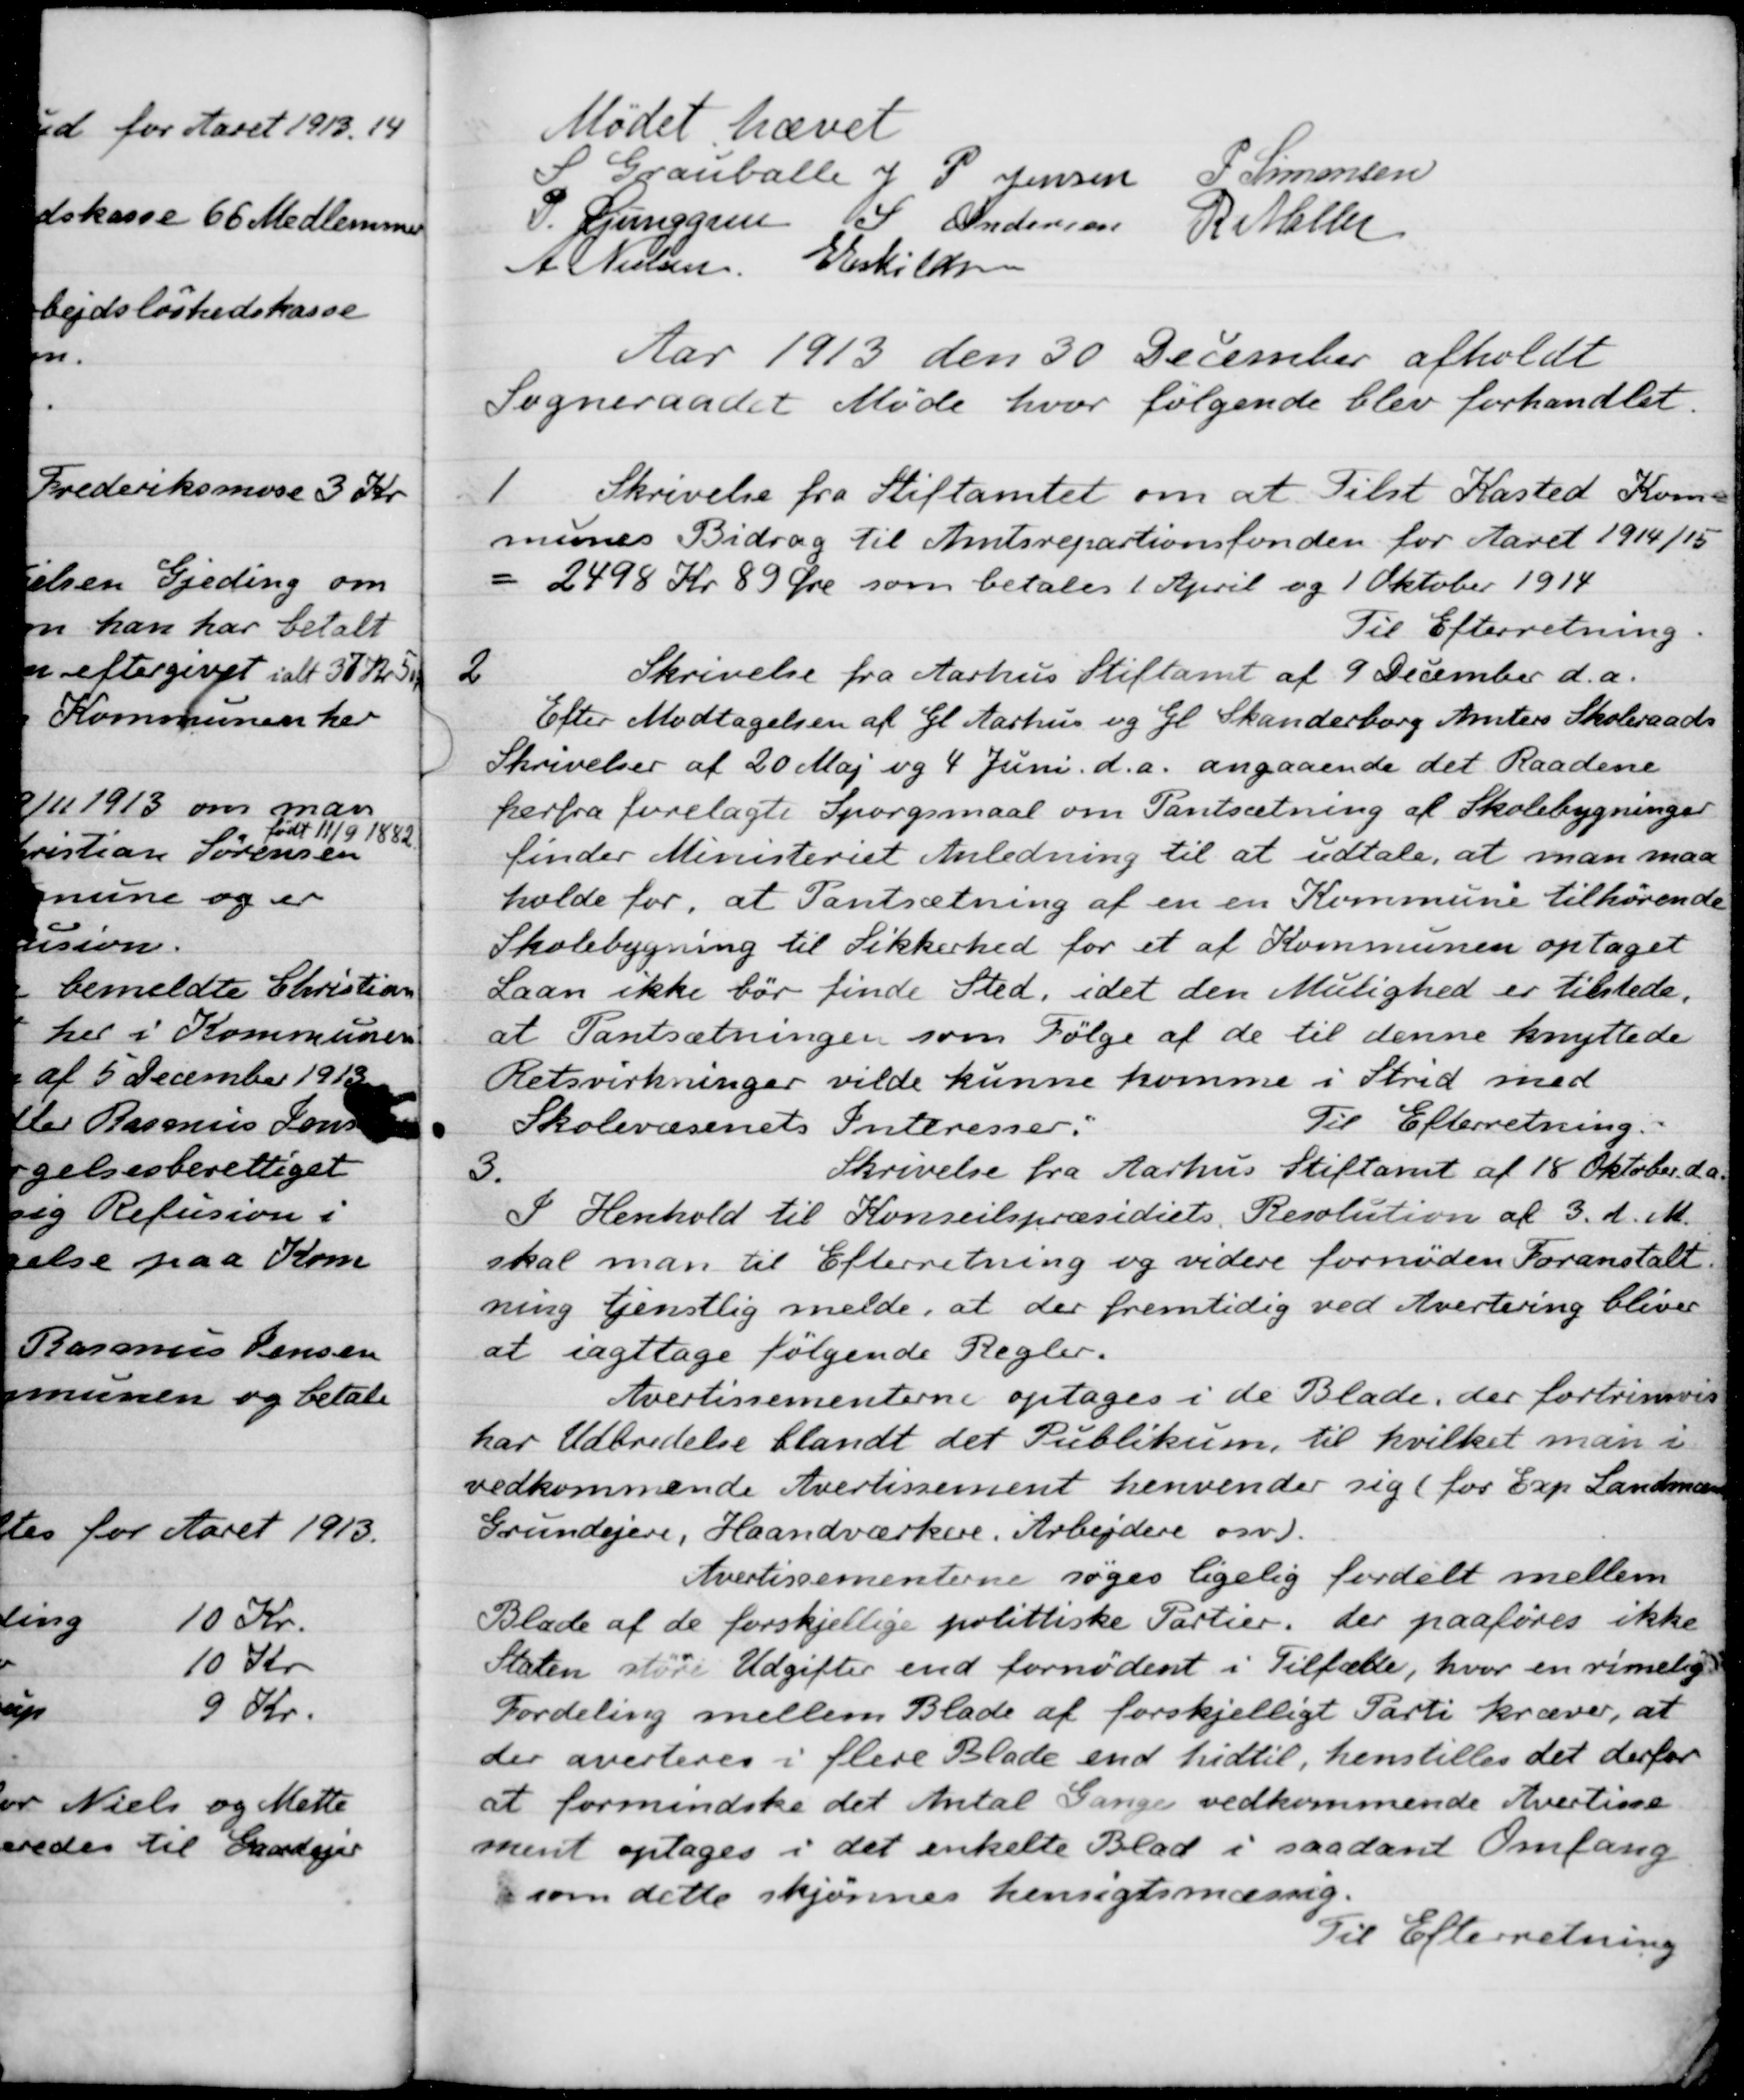
Transskription:
Mødet hævet
S Grauballe
J. P. Jensen
P. Simonsen
P. Ljunggren
S. Andersen
R. Møller
A. Nielsen
E Eskildren
Aar 1913 den 30 December afholdt
Sogneraadet Møde hvor følgende blev forhandlet.
1
Skrivelse fra Stiftamtet om at Tilst Kasted Kom
munes Bidrag til Amtsrepartionsfonden for Aaret 1914/15
2498 Kr. 89 Øre som betales 1 April og 1 Oktober 1914
Til Efterretning.
2
Skrivelse fra Aarhus Stiftamt af 9 December d.a.
Efter Modtagelsen af Gl Aarhus og Gl. Skanderborg Amters Skoleraads
Skrivelser af 20 Maj og 4 Juni d.a. angaaende det Raadene
herfra forelagte Spørgsmaal om Pantsætning af Skolebygninger
finder Ministeriet Anledning til at udtale, at man maa
holde for, at Pantsætning af en en Kommune tilhørende
Skolebygning til Sikkerhed for et af Kommunen optaget
Laan ikke bør finde Sted, idet den Mulighed er tilstede.
at Pantsætningen som Følge af de til denne knyttede
Retsvirkninger vilde kunne komme i Strid med
Skolevæsenets Interesser:
Til Efterretning.
3.
Skrivelse fra Aarhus Stiftamt af 18 Oktober d. A.
I Henhold til Konseilspræsidiets Resolution af 3 d. M.
skal man til Efterretning og videre fornøden Foranstalt.
ning tjenstlig melde, at der fremtidig ved Avertering bliver
at iagttage følgende Regler.
Avertissementerne optages i de Blade, der fortrinsvis
har Udbredelse blandt det Publikum, til hvilket man i
vedkommende Avertissement henvender sig (for Exp Landmænd
Grundejere, Haandværkere. Arbejdere osv).
Avertissementerne søges ligelig fordelt mellem
Blade af de forskjellige polittiske Partier, der paaføres ikke
Staten større Udgifter end fornødent i Tilfælde, hvor en rimelig
Fordeling mellem Blade af forskjelligt Parti kræver, at
der averteres i flere Blade end hidtil, henstilles det derfor
at formindske det Antal Gange vedkommende Avertisse-
ment optages i det enkelte Blad i saadant Omfang
som dette skjønnes hensigtsmæssig.
Til Efterretning